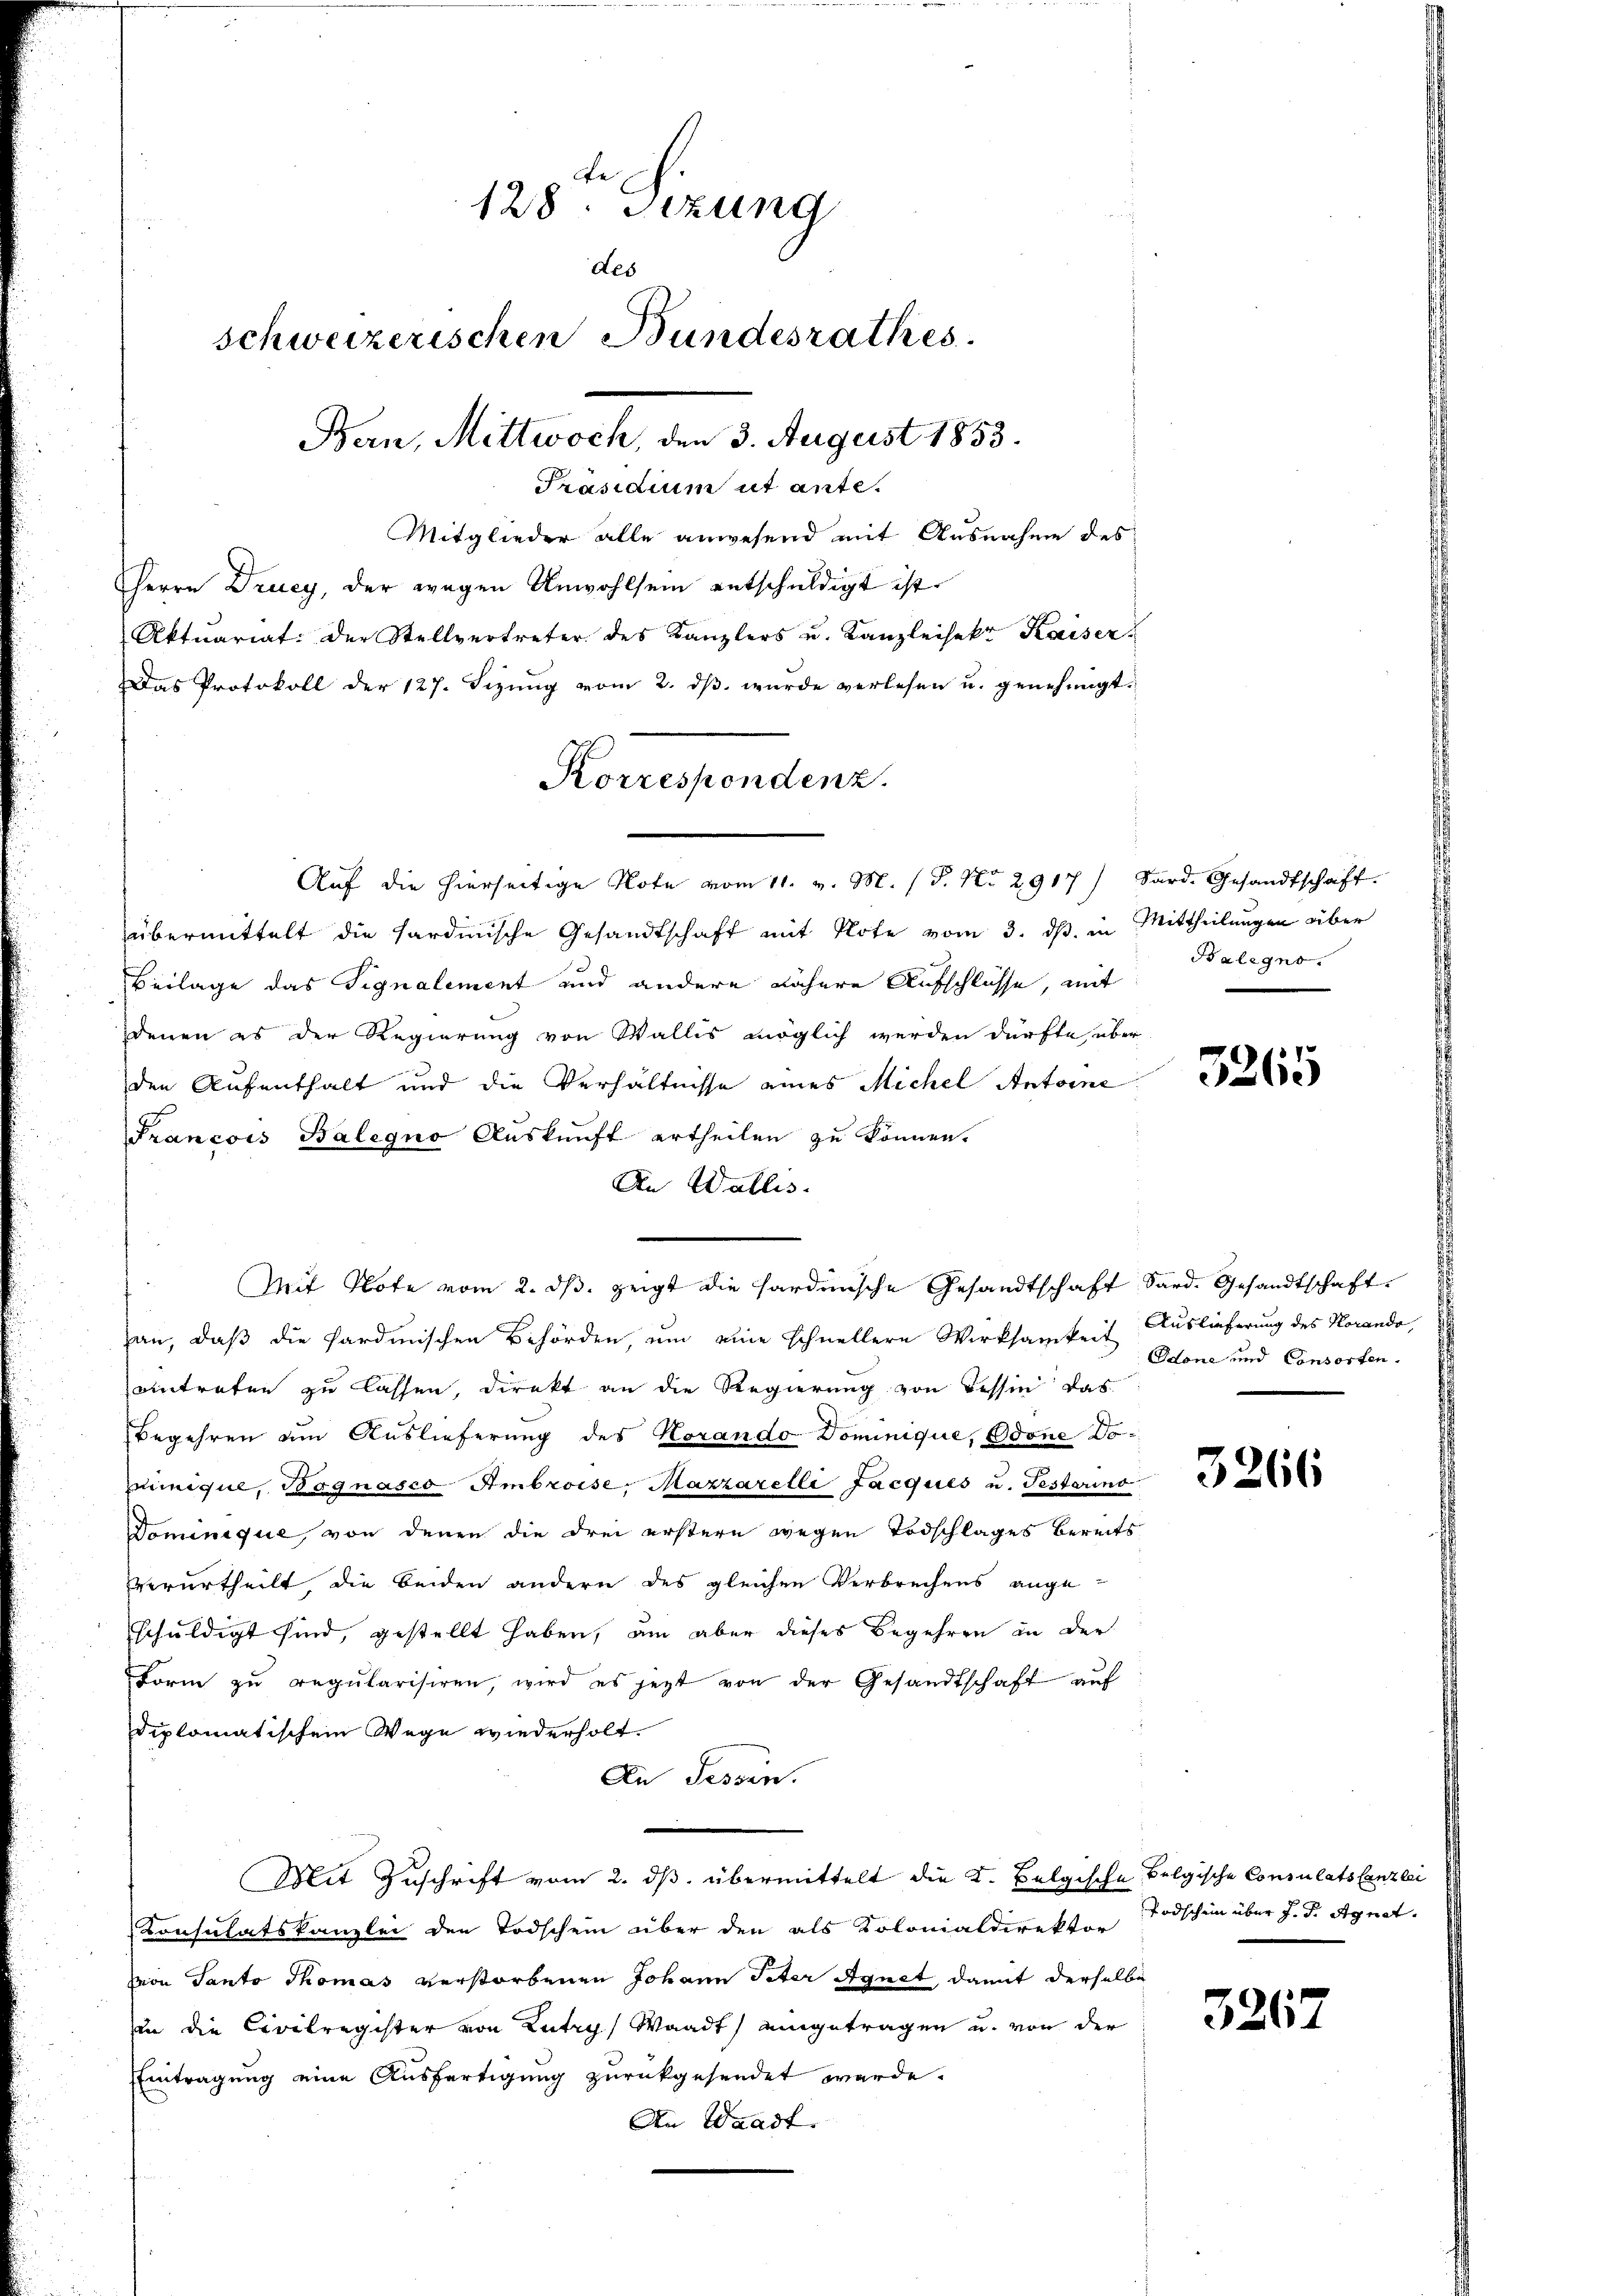
128. Sezung
des
schweizerischen Bundesrathes.
Ban, Mittwoch, den 3. August 1853.
Präsidium ut ante.

Mitglieder alle anwesend mit Ausnahme des
Herrn Drucy, der wegen Unwohlsein entschuldigt ist.
Aktuariat der Stellvertreter des Kanzlers u. Kanzleisekt Kaiser
Das Protokoll der 127. Sezung vom 2. dß wurde verlesen u. genehmigt.
übermittelt die sardinische Gesandtschaft mit Note vom 3. ds, in Mittheilungen über
Beilage das Signalement und andere nähere Aufschlüsse, mit
denen es der Regierung von Wallis möglich werden dürfte über
den Aufenthalt und die Verhältnisse eines Michel Antoine
Francois Balegno Auskunft ertheilen zu können.
An Wallis.
an, daß die Sardinischen Behörden, um eine schnellere Wirksamkeit Auslieferung des Horando,
eintreten zu lassen, direkt an die Regierung von Tessin das
Begehren um Auslieferung des Horando Dominique, Odone Doiigul, Bognasco Ambroese, Mazzarelli Jacques u. Testarino
Dominique, von denen die drei erstern wegen Todschlages bereits
verurtheilt, die beiden andern des gleichen Verbrechens angeschuldigt sind, gestellt haben, um aber dieses Begehren in der
Form zu regularisiren, wird es jetzt von der Gesandtschaft auf
diplomatischem Wege wiederholt.
An Tessin.
Mit Zuschrift vom 2. ds. übermittelt die K. Belgische Belgische Consulatscanzlei
Konsulatskanzlei den Todschein über den als Kolonialdirektor Todschein über J. F. Agnet.
von Tanto Thomas verstorbenen Johann Peter Agnet, damit derselbe
in die Civilregister von Lutry, Waadt) eingetragen u. von der
Eintragung eine Ausfertigung zurückgesendet werde.
An Waadt.

Korrespondenz.
Aŭf die hierseitige Note vom 11. v. M. (T. No. 2917) Sard. Gesandtschaft.

Mit Note vom 2. dβ zeigt die hardinische Gesandtschaft Sard. Gesandtschaft.

Balegno.

5265

Odone und Consorten.

3266

3267